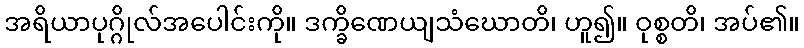
အရိယာပုဂ္ဂိုလ်အပေါင်းကို။ ဒက္ခိဏေယျသံဃောတိ၊ ဟူ၍။ ဝုစ္စတိ၊ အပ်၏။